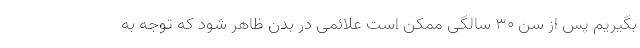
بگیریم پس از سن ۳۰ سالگی ممکن است علائمی در بدن ظاهر شود که توجه به